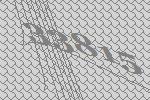
33815